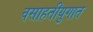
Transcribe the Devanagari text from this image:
वसाहतीयुगात